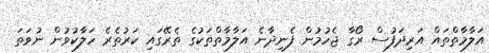
އަލާމާތްތައް އަރިދަފުސް ރޯގާ ޖެހުމުން ފެނިދާނެ އަލާމާތްތަކުގެ ތެރޭގައި ކަރުތެރެ ހަލާކުވުން ނުވަތަ